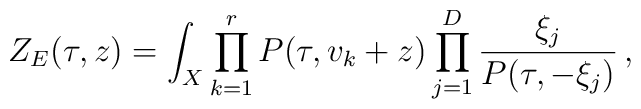
Z_E(\tau,z)=\int_X \prod^r_{k=1} P(\tau,v_k+z) \prod^D_{j=1}\frac{\xi_j}{P(\tau,-\xi_j)}\,,